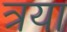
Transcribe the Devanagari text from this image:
त्रया